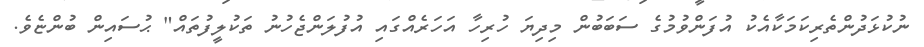
ނުކުޅަދުންތެރިކަމަކާއެކު އުފަންވުމުގެ ސަބަބުން މިދިޔަ ހުރިހާ އަހަރެއްގައި އުފުލަންޖެހުނު ތަކުލީފުތައް" ޙުސައިން ބުންޏެވެ.